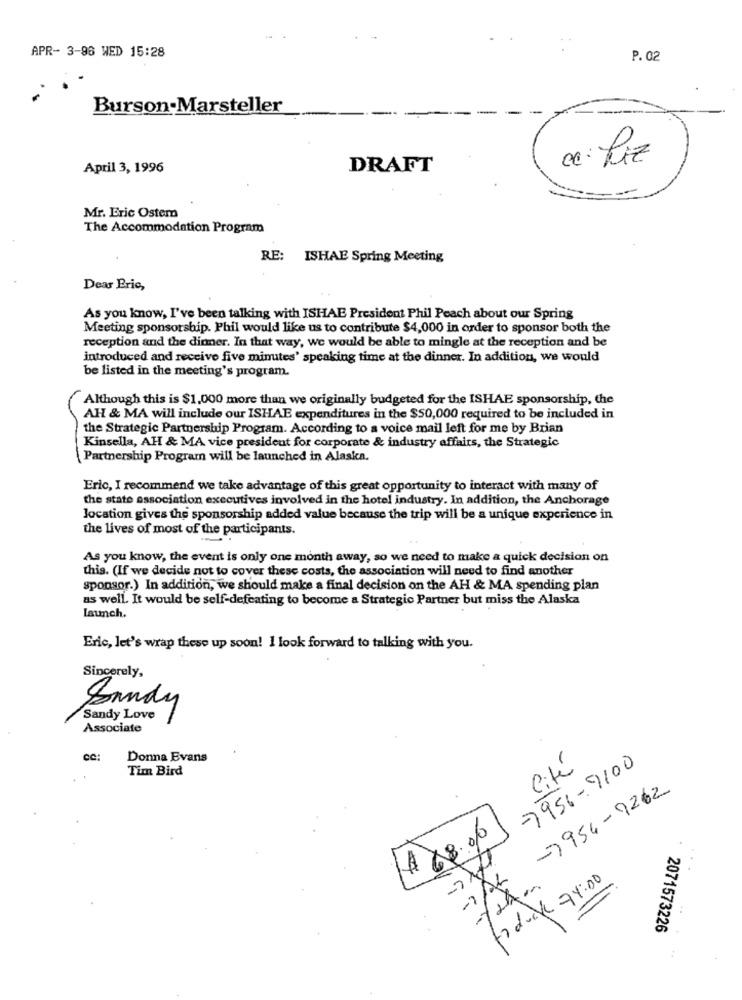
APR- 3-96 WED 15:28
P. 02
Burson-Marsteller
cc: Riz
April 3, 1996
DRAFT
Mr. Eric Ostem
The Accommodation Program
RE: ISHAE Spring Meeting
Dear Eric,
As you know, I've been talking with ISHAE President Phil Peach about our Spring
Meeting sponsorship. Phil would like us to contribute $4,000 in order to sponsor both the
reception and the dinner. In that way, we would be able to mingle at the reception and be
introduced and receive five minutes' speaking time at the dinner. In addition, we would
be listed in the meeting's program.
Although this is $1.000 more than we originally budgeted for the ISHAE sponsorship, the
AH & MA will include our ISHAE expenditures in the $50,000 required to be included in
the Strategic Partnership Program. According to a voice mail left for me by Brian
Kinsella, AH & MA vice president for corporate & industry affairs, the Strategic
Partnership Program will be launched in Alaska.
Eric, I recommend we take advantage of this great opportunity to interact with many of
the state association executives involved in the hotel industry. In addition, the Anchorage
location gives the sponsorship added value because the trip will be a unique experience in
the lives of most of the participants.
As you know, the event is only one month away, so we need to make a quick decision on
this. (If we decide not to cover these costs, the association will need to find another
sponsor.) In addition, we should make a final decision on the AH & MA spending plan
as well. It would be self-defeating to become a Strategic Partner but miss the Alaska
launch.
Eric, let's wrap these up soon! I look forward to talking with you.
Sincerely,
Sandy
Sandy Love
Associate
cc:
Donna Evans
-7956-9100
Tim Bird
Cité
-7954-7262
$ $8.06
-> AL
fo duck 74:00
2071573226